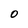
Character: O